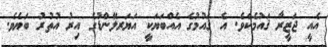
އެއީ ޖަޒީރާ ޤައުމެކެވެ. އެ ޤައުމުގެ އެއްބަޔަކީ އަޔަރލޭންޑުގެ އިރު އުތުރު ބަޔެވެ.